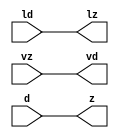
module mgc_out_stdreg_wait (ld, vd, d, lz, vz, z);
  parameter integer rscid = 1;
  parameter integer width = 8;
  input              ld;
  output             vd;
  input  [width-1:0] d;
  output             lz;
  input              vz;
  output [width-1:0] z;
  wire               vd;
  wire               lz;
  wire   [width-1:0] z;
  assign z = d;
  assign lz = ld;
  assign vd = vz;
endmodule